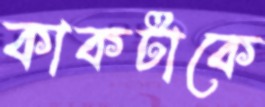
কাকটাকে